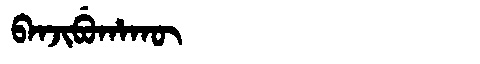
Manchu: ᠪᠠᠨᠵᡳᠪᡠᡥᠠᡴᡡ
Romanization: BANJIBUHAKŪ